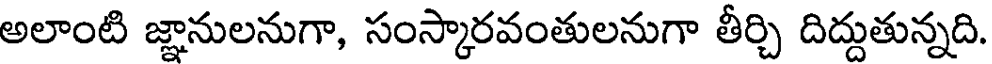
అలాంటి జ్ఞానులనుగా, సంస్కారవంతులనుగా తీర్చి దిద్దుతున్నది.